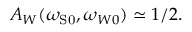
A _ { W } ( \omega _ { \mathrm { { S } 0 } } , \omega _ { W 0 } ) \simeq 1 / 2 .